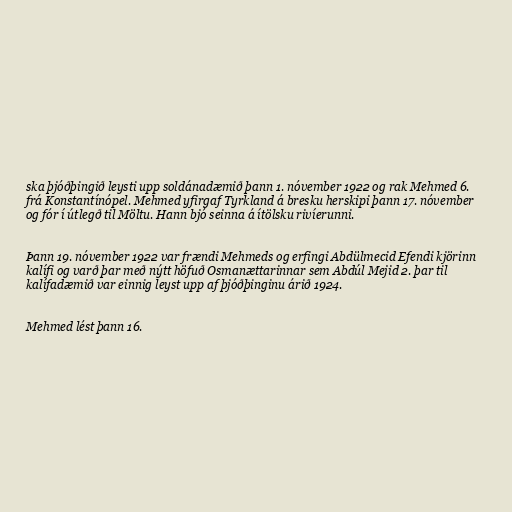
ska þjóðþingið leysti upp soldánadæmið þann 1. nóvember 1922 og rak Mehmed 6.
frá Konstantínópel. Mehmed yfirgaf Tyrkland á bresku herskipi þann 17. nóvember
og fór í útlegð til Möltu. Hann bjó seinna á ítölsku rivíerunni.

Þann 19. nóvember 1922 var frændi Mehmeds og erfingi Abdülmecid Efendi kjörinn
kalífi og varð þar með nýtt höfuð Osmanættarinnar sem Abdúl Mejid 2. þar til
kalífadæmið var einnig leyst upp af þjóðþinginu árið 1924.

Mehmed lést þann 16.